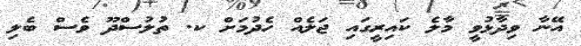
އޭނާ ވިދާޅުވީ މާލެ ކައިރީގައި ޖަލެއް ހެދުމަށް ކ. ތުލުސްދޫ ވެސް ބެލި